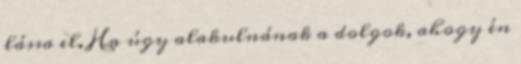
lássa el. Ha úgy alakulnának a dolgok, ahogy én